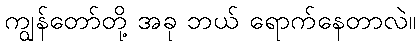
ကျွန်တော်တို့ အခု ဘယ် ရောက်နေတာလဲ။